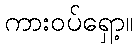
ကားဝပ်ရှော့။